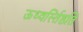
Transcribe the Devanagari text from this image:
ऊध्वर्स्तिष्ठति